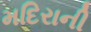
મદિરાની